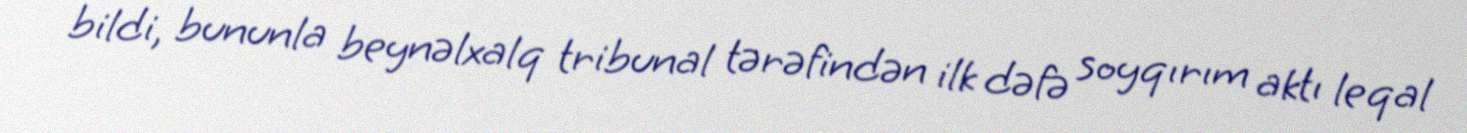
bildi, bununla beynəlxalq tribunal tərəfindən ilk dəfə soyqırım aktı leqal